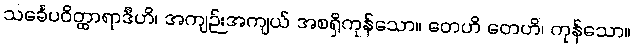
သင်္ခေပဝိတ္ထာရာဒီဟိ၊ အကျဉ်းအကျယ် အစရှိကုန်သော။ တေဟိ တေဟိ၊ ကုန်သော။